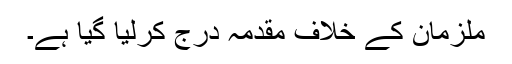
ملزمان کے خلاف مقدمہ درج کرلیا گیا ہے۔